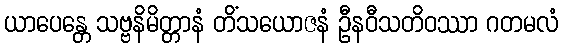
ယာပေန္တေ သဗ္ဗနိမိတ္တာနံ တိံသယောဇနံ ဦနဝီသတိဝဿာ ဂတမလံ